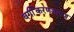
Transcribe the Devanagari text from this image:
वर्गीकरणशास्त्रज्ञ